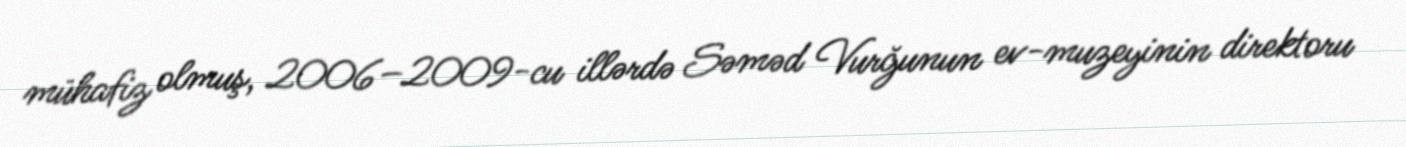
mühafiz olmuş, 2006–2009-cu illərdə Səməd Vurğunun ev-muzeyinin direktoru